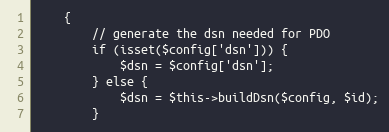
Language: PHP
    {
        // generate the dsn needed for PDO
        if (isset($config['dsn'])) {
            $dsn = $config['dsn'];
        } else {
            $dsn = $this->buildDsn($config, $id);
        }